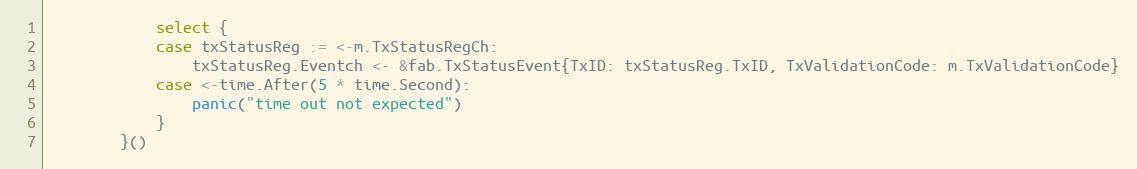
Language: Go
			select {
			case txStatusReg := <-m.TxStatusRegCh:
				txStatusReg.Eventch <- &fab.TxStatusEvent{TxID: txStatusReg.TxID, TxValidationCode: m.TxValidationCode}
			case <-time.After(5 * time.Second):
				panic("time out not expected")
			}
		}()